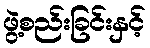
ဖွဲ့စည်းခြင်းနှင့်